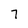
Character: 7